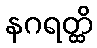
နဂရတ္ထိ